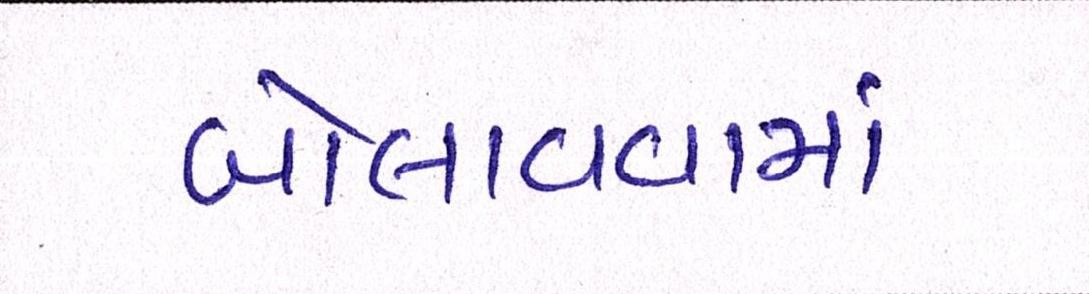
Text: બોલાવવામાં